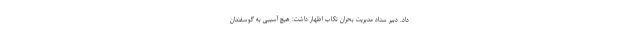
داد. دبیر ستاد مدیریت بحران تکاب اظهار داشت: هیچ آسیبی به گوسفندان